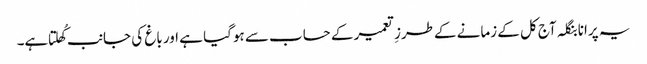
یہ پرانا بنگلہ آج کل کے زمانے کےطرزِ تعمیر کے حساب سے ہوگیا ہے اور باغ کی جانب کُھلتا ہے۔